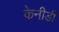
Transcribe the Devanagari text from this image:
केनीडी